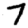
Digit: 7